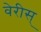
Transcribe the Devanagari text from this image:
वेरीस्